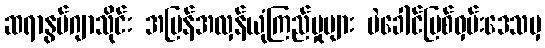
ဆရာနွမ်ဂျာသိုင်း အပြန်အလှန်ယုံကြည်မှုများ မဲခေါင်မြစ်ဝှမ်းဒေသမှ